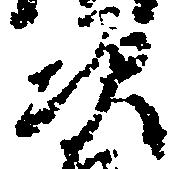
次